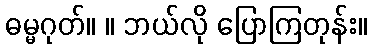
ဓမ္မဂုတ်။ ။ ဘယ်လို ပြောကြတုန်း။